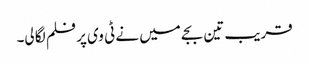
قریب تین بجے میں نے ٹی وی پر فلم لگا لی۔